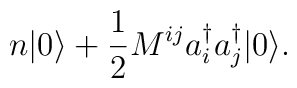
n|0\rangle+\frac{1}{2}M^{ij}a^{\dagger}_{i}a^{\dagger}_{j}|0\rangle.